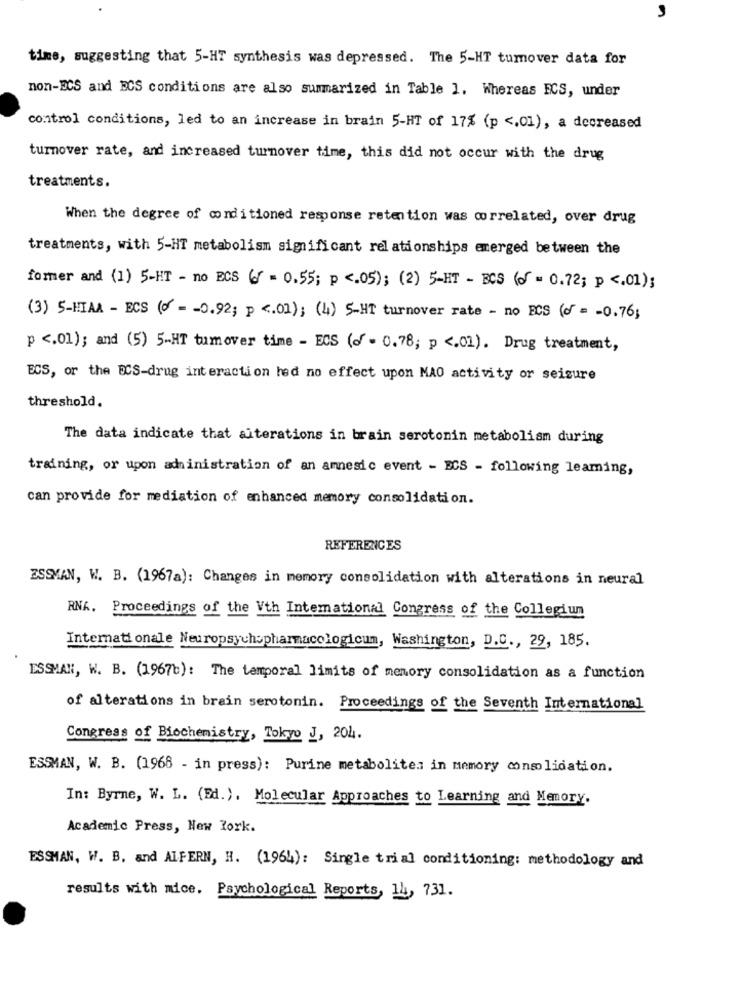
time, suggesting that 5-HT synthesis was depressed. The 5-HT tumover data for
non-ECS and ECS conditions are also summarized in Table 1. Whereas ECS, under
control conditions, led to an increase in brain 5-HT of 17% (p <. 01), a decreased
turnover rate, and increased turnover time, this did not occur with the drug
treatments.
When the degree of conditioned response retention was correlated, over drug
treatments, with 5-HT metabolism significant relationships emerged between the
former and (1) 5-HT - no ECS 6 = 0.55; p <. 05); (2) 5-HT - BCS () = 0.72; p <. 01);
(3) 5-HIAA - ECS (o - - 0.92; p <. 01); (4) 5-HT turnover rate - no ECS (o = - 0.76;
p <. 01); and (5) 5-HT tumover time - ECS (of - 0.78; p <. 01). Drug treatment,
ECS, or the DCS-drug interaction had no effect upon MAO activity or seizure
threshold.
The data indicate that aiterations in brain serotonin metabolism during
training, or upon administration of an amnesic event - ECS - following leaming,
can provide for mediation of enhanced memory consolidation.
REFERENCES
ESSMAN, W. B. (1967a): Changes in memory consolidation with alterations in neural
RNA. Proceedings of the Vth International Congress of the Collegium
Internationale Neuropsych:pharmacologicum, Washington, D.C ., 29, 185.
ESSMAN, W. B. (19676): The temporal limits of memory consolidation as a function
of alterations in brain serotonin. Proceedings of the Seventh International
Congress of Biochemistry, Tokyo J, 204.
ESSMAN, W. B. (1968 - in press): Purine metabolites in memory consolidation.
In: Byrne, W. L. (Ed.), Molecular Approaches to Learning and Memory.
Academic Press, New York.
ESSMAN, W. B. and ALFERN, H. (1964): Single trial conditioning: methodology and
results with mice. Psychological Reports, 14, 731.